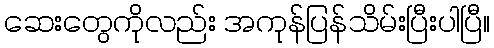
ဆေးတွေကိုလည်း အကုန်ပြန်သိမ်းပြီးပါပြီ။